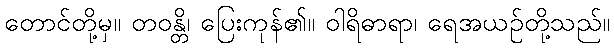
တောင်တို့မှ။ တဝန္တိ၊ ပြေးကုန်၏။ ဝါရိဓာရာ၊ ရေအယဉ်တို့သည်။